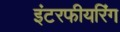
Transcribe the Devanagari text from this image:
इंटरफीयरिंग